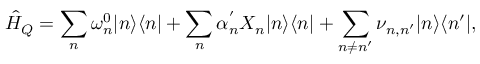
\hat { H } _ { Q } = \sum _ { n } { \omega _ { n } ^ { 0 } | n \rangle \langle n | } + \sum _ { n } { \alpha _ { n } ^ { ' } X _ { n } | n \rangle \langle n | } + \sum _ { n \ne n ^ { \prime } } { \nu _ { n , n ^ { \prime } } | n \rangle \langle n ^ { \prime } | } ,